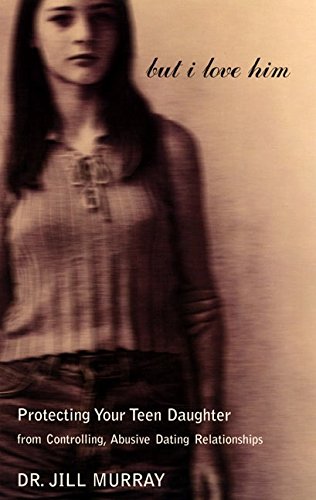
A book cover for But I Love Him: Protecting Your Teen Daughter from Controlling, Abusive Dating Relationships; Jill Murray; Parenting & Relationships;